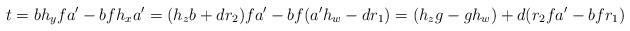
LaTeX: \begin{align*}t=bh_yfa^\prime-bfh_xa^\prime=(h_zb+dr_2)fa^\prime-bf(a^\prime h_w-dr_1)=(h_zg-g h_w) +d(r_2 fa^\prime-bfr_1)\end{align*}